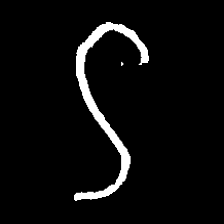
Pyu character \u2014 Myanmar letter: ဌ (romanized: ttha)